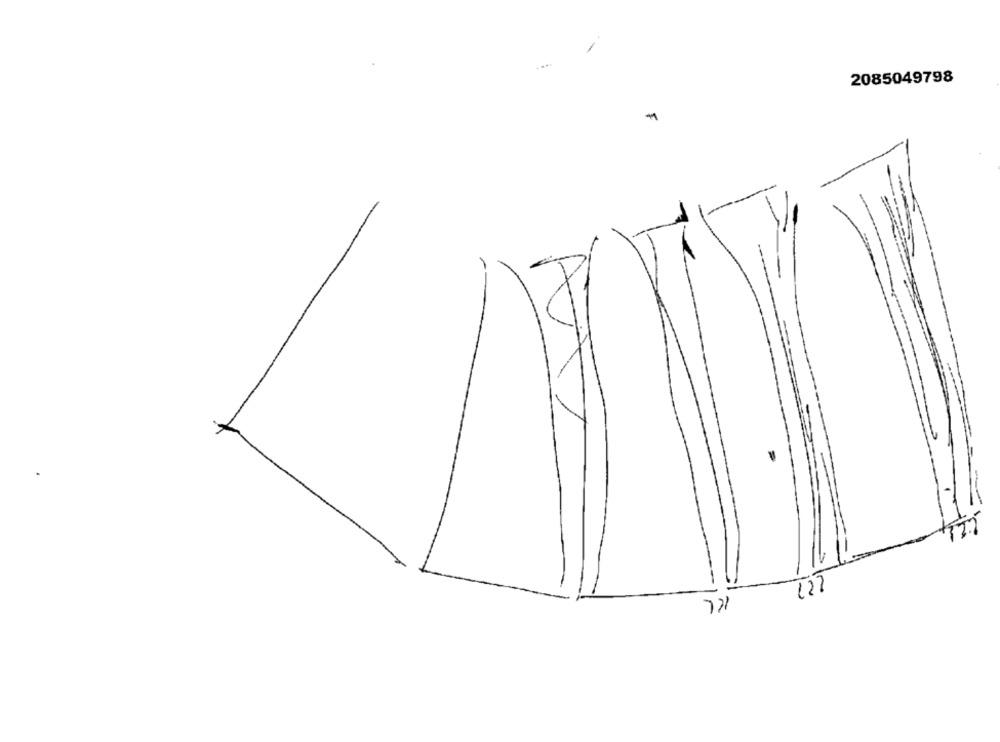
. ...
2085049798
127
771